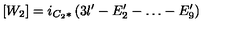
[ W _ { 2 } ] = i _ { C _ { 2 } * } \left( 3 l ^ { \prime } - E _ { 2 } ^ { \prime } - \dots - E _ { 9 } ^ { \prime } \right)